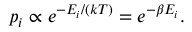
p _ { i } \propto e ^ { - E _ { i } / ( k T ) } = e ^ { - \beta E _ { i } } .